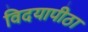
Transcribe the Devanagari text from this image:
विदयापीठा